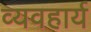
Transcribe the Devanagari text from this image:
व्‍यवहार्य